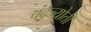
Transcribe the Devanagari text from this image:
चंद्रज्योती